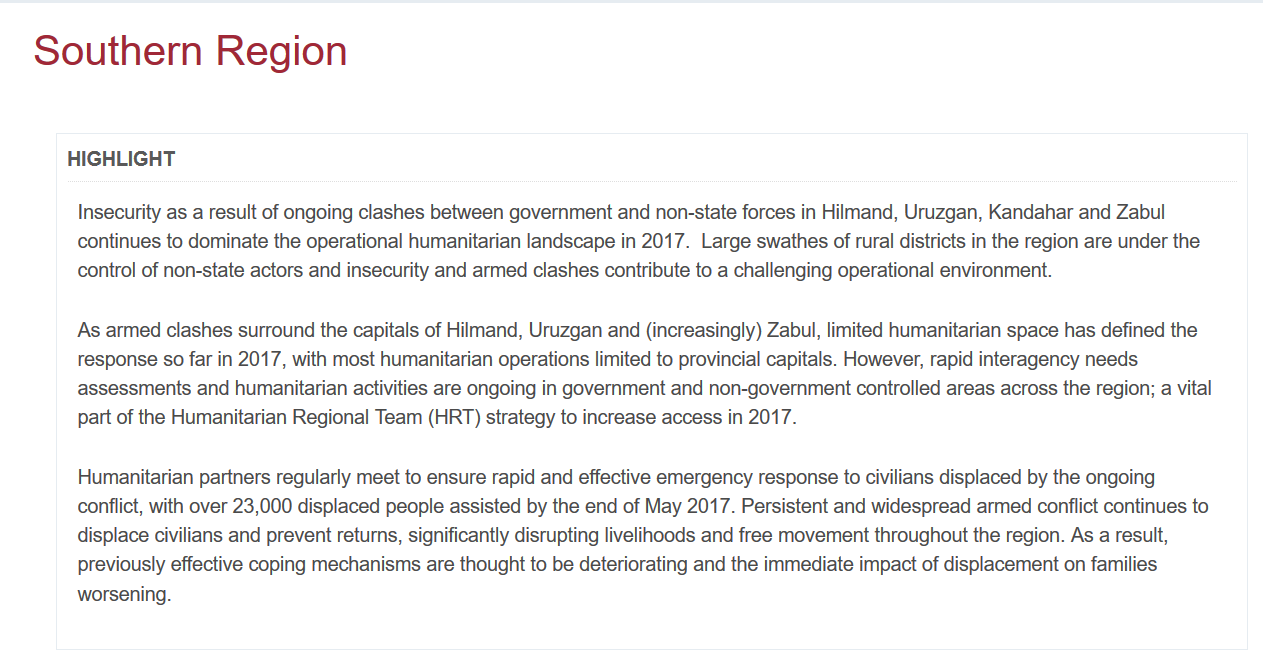
Southern    Region
     As armed clashes surround the capitals of Hilmand, Uruzgan and (increasingly) Zabul, limited humanitarian space has defined the
     response so far in 2017, with most humanitarian operations limited to provincial capitals. However, rapid interagency needs
     assessments and humanitarian activities are ongoing in government and non-government controlled areas across the region; a vital
     part of the Humanitarian Regional Team (HRT) strategy to increase access in 2017.
     Humanitarian partners regularly meet to ensure rapid and effective emergency response to civilians displaced by the ongoing
     conflict, with over 23,000 displaced people assisted by the end of May 2017. Persistent and widespread armed conflict continues to
     displace civilians and prevent returns, significantly disrupting livelihoods and free movement throughout the region. As a result,
     previously effective coping mechanisms are thought to be deteriorating and the immediate impact of displacement on families
     worsening.
     HIGHLIGHT
     Insecurity as a result of ongoing clashes between government and non-state forces in Hilmand, Uruzgan, Kandahar and Zabul
     continues to dominate the operational humanitarian landscape in 2017. Large swathes of rural districts in the region are under the
     control of non-state actors and insecurity and armed clashes contribute to a challenging operational environment.